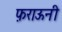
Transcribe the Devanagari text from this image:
फ़राऊनी